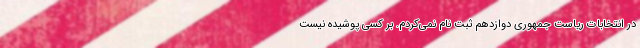
در انتخابات ریاست جمهوری دوازدهم ثبت نام نمی‌کردم. بر کسی پوشیده نیست